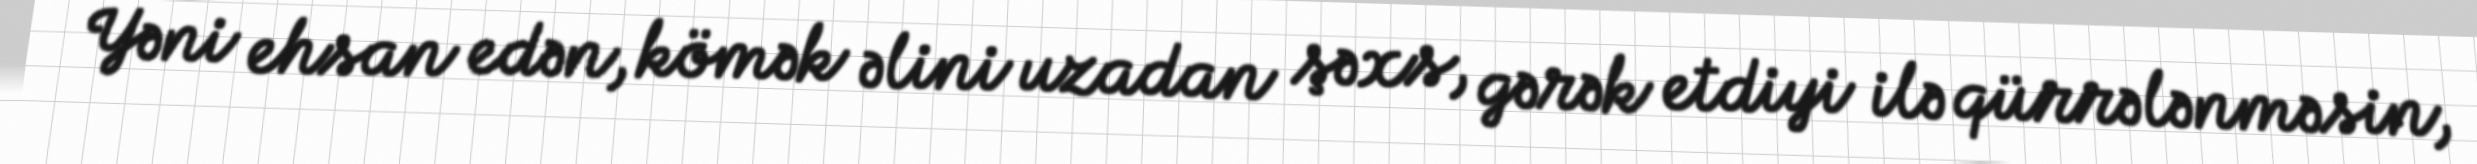
Yəni ehsan edən, kömək əlini uzadan şəxs, gərək etdiyi ilə qürrələnməsin,